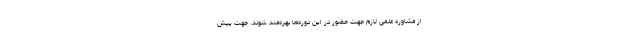
از مشاوره علمی لازم جهت حضور در این دوره‌ها بهره‌مند شوند. جهت پیش